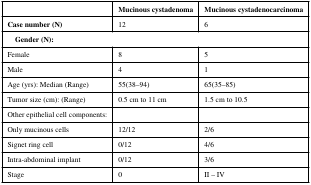
<table><thead><tr><td></td><td><b>Mucinous cystadenoma</b></td><td><b>Mucinous cystadenocarcinoma</b></td></tr></thead><tbody><tr><td><b>Case number (N)</b></td><td>12</td><td>6</td></tr><tr><td colspan="3"> <b>Gender (N):</b></td></tr><tr><td>Female</td><td>8</td><td>5</td></tr><tr><td>Male</td><td>4</td><td>1</td></tr><tr><td>Age (yrs): Median (Range)</td><td>55(38–94)</td><td>65(35–85)</td></tr><tr><td>Tumor size (cm): (Range)</td><td>0.5 cm to 11 cm</td><td>1.5 cm to 10.5</td></tr><tr><td>Other epithelial cell components:</td><td></td><td></td></tr><tr><td>Only mucinous cells</td><td>12/12</td><td>2/6</td></tr><tr><td>Signet ring cell</td><td>0/12</td><td>4/6</td></tr><tr><td>Intra-abdominal implant</td><td>0/12</td><td>3/6</td></tr><tr><td>Stage</td><td>0</td><td>II – IV</td></tr></tbody></table>